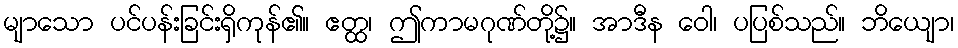
မျာသော ပင်ပန်းခြင်းရှိကုန်၏။ ဧတ္ထ၊ ဤကာမဂုဏ်တို့၌။ အာဒီန ဝေါ၊ ပပြစ်သည်။ ဘိယျော၊